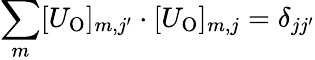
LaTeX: \sum_{m}[U_{\mathrm{O}}]_{m,j^{\prime}}\cdot[U_{\mathrm{O}}]_{m,j}=\delta_{jj^{\prime}}